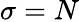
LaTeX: \sigma=N